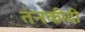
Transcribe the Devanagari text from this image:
तनकीदी